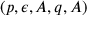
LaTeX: ( p , \epsilon , A , q , A )